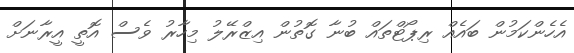
އެހެންކަމުން ބައެއް ރިޕޯޓްތައް ބުނާ ގޮތުން އިޒްރޭލު މިހާރު ވެސް އޮތީ އީރާނަށް